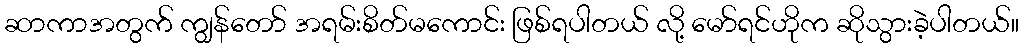
ဆာကာအတွက် ကျွန်တော် အရမ်းစိတ်မကောင်း ဖြစ်ရပါတယ် လို့ မော်ရင်ဟိုက ဆိုသွားခဲ့ပါတယ်။